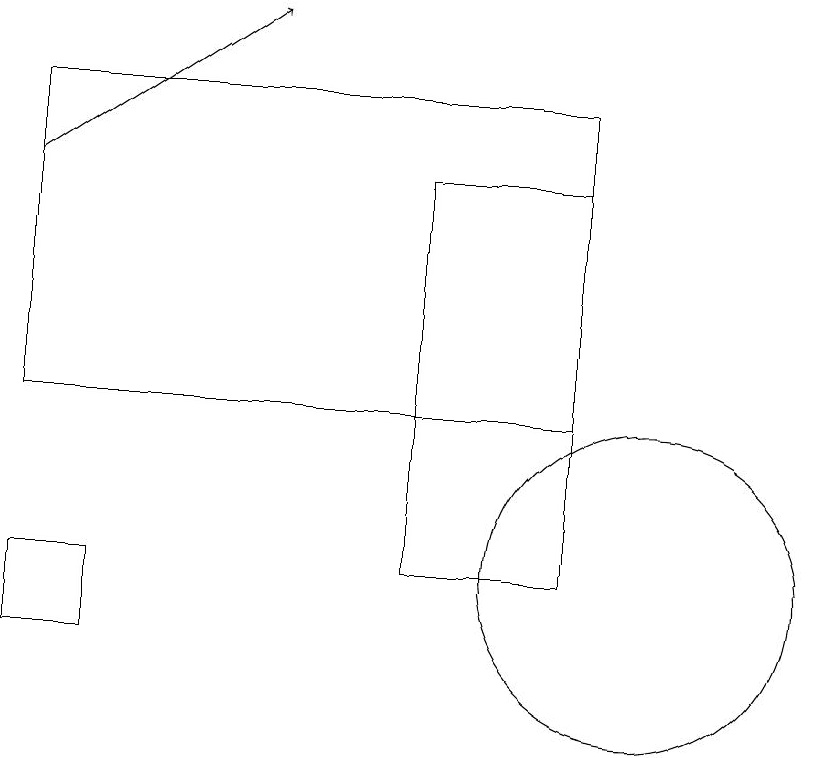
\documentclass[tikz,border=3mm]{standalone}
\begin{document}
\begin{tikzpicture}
\draw (10,11) circle (2);
\draw[->] (2,16) -- (5,18);
\draw (7,16) rectangle (9,11);
\draw (9,13) rectangle (2,17);
\draw (3,11) rectangle (2,10);
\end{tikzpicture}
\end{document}